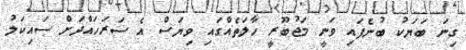
ގިނަ ބަޔަކު ބުނެފައި ވަނީ މަޖުބޫރީ ހާލަތެއްގައި ވިޔަސް އެ ސަރަހައްދަށް ސައިކަލު